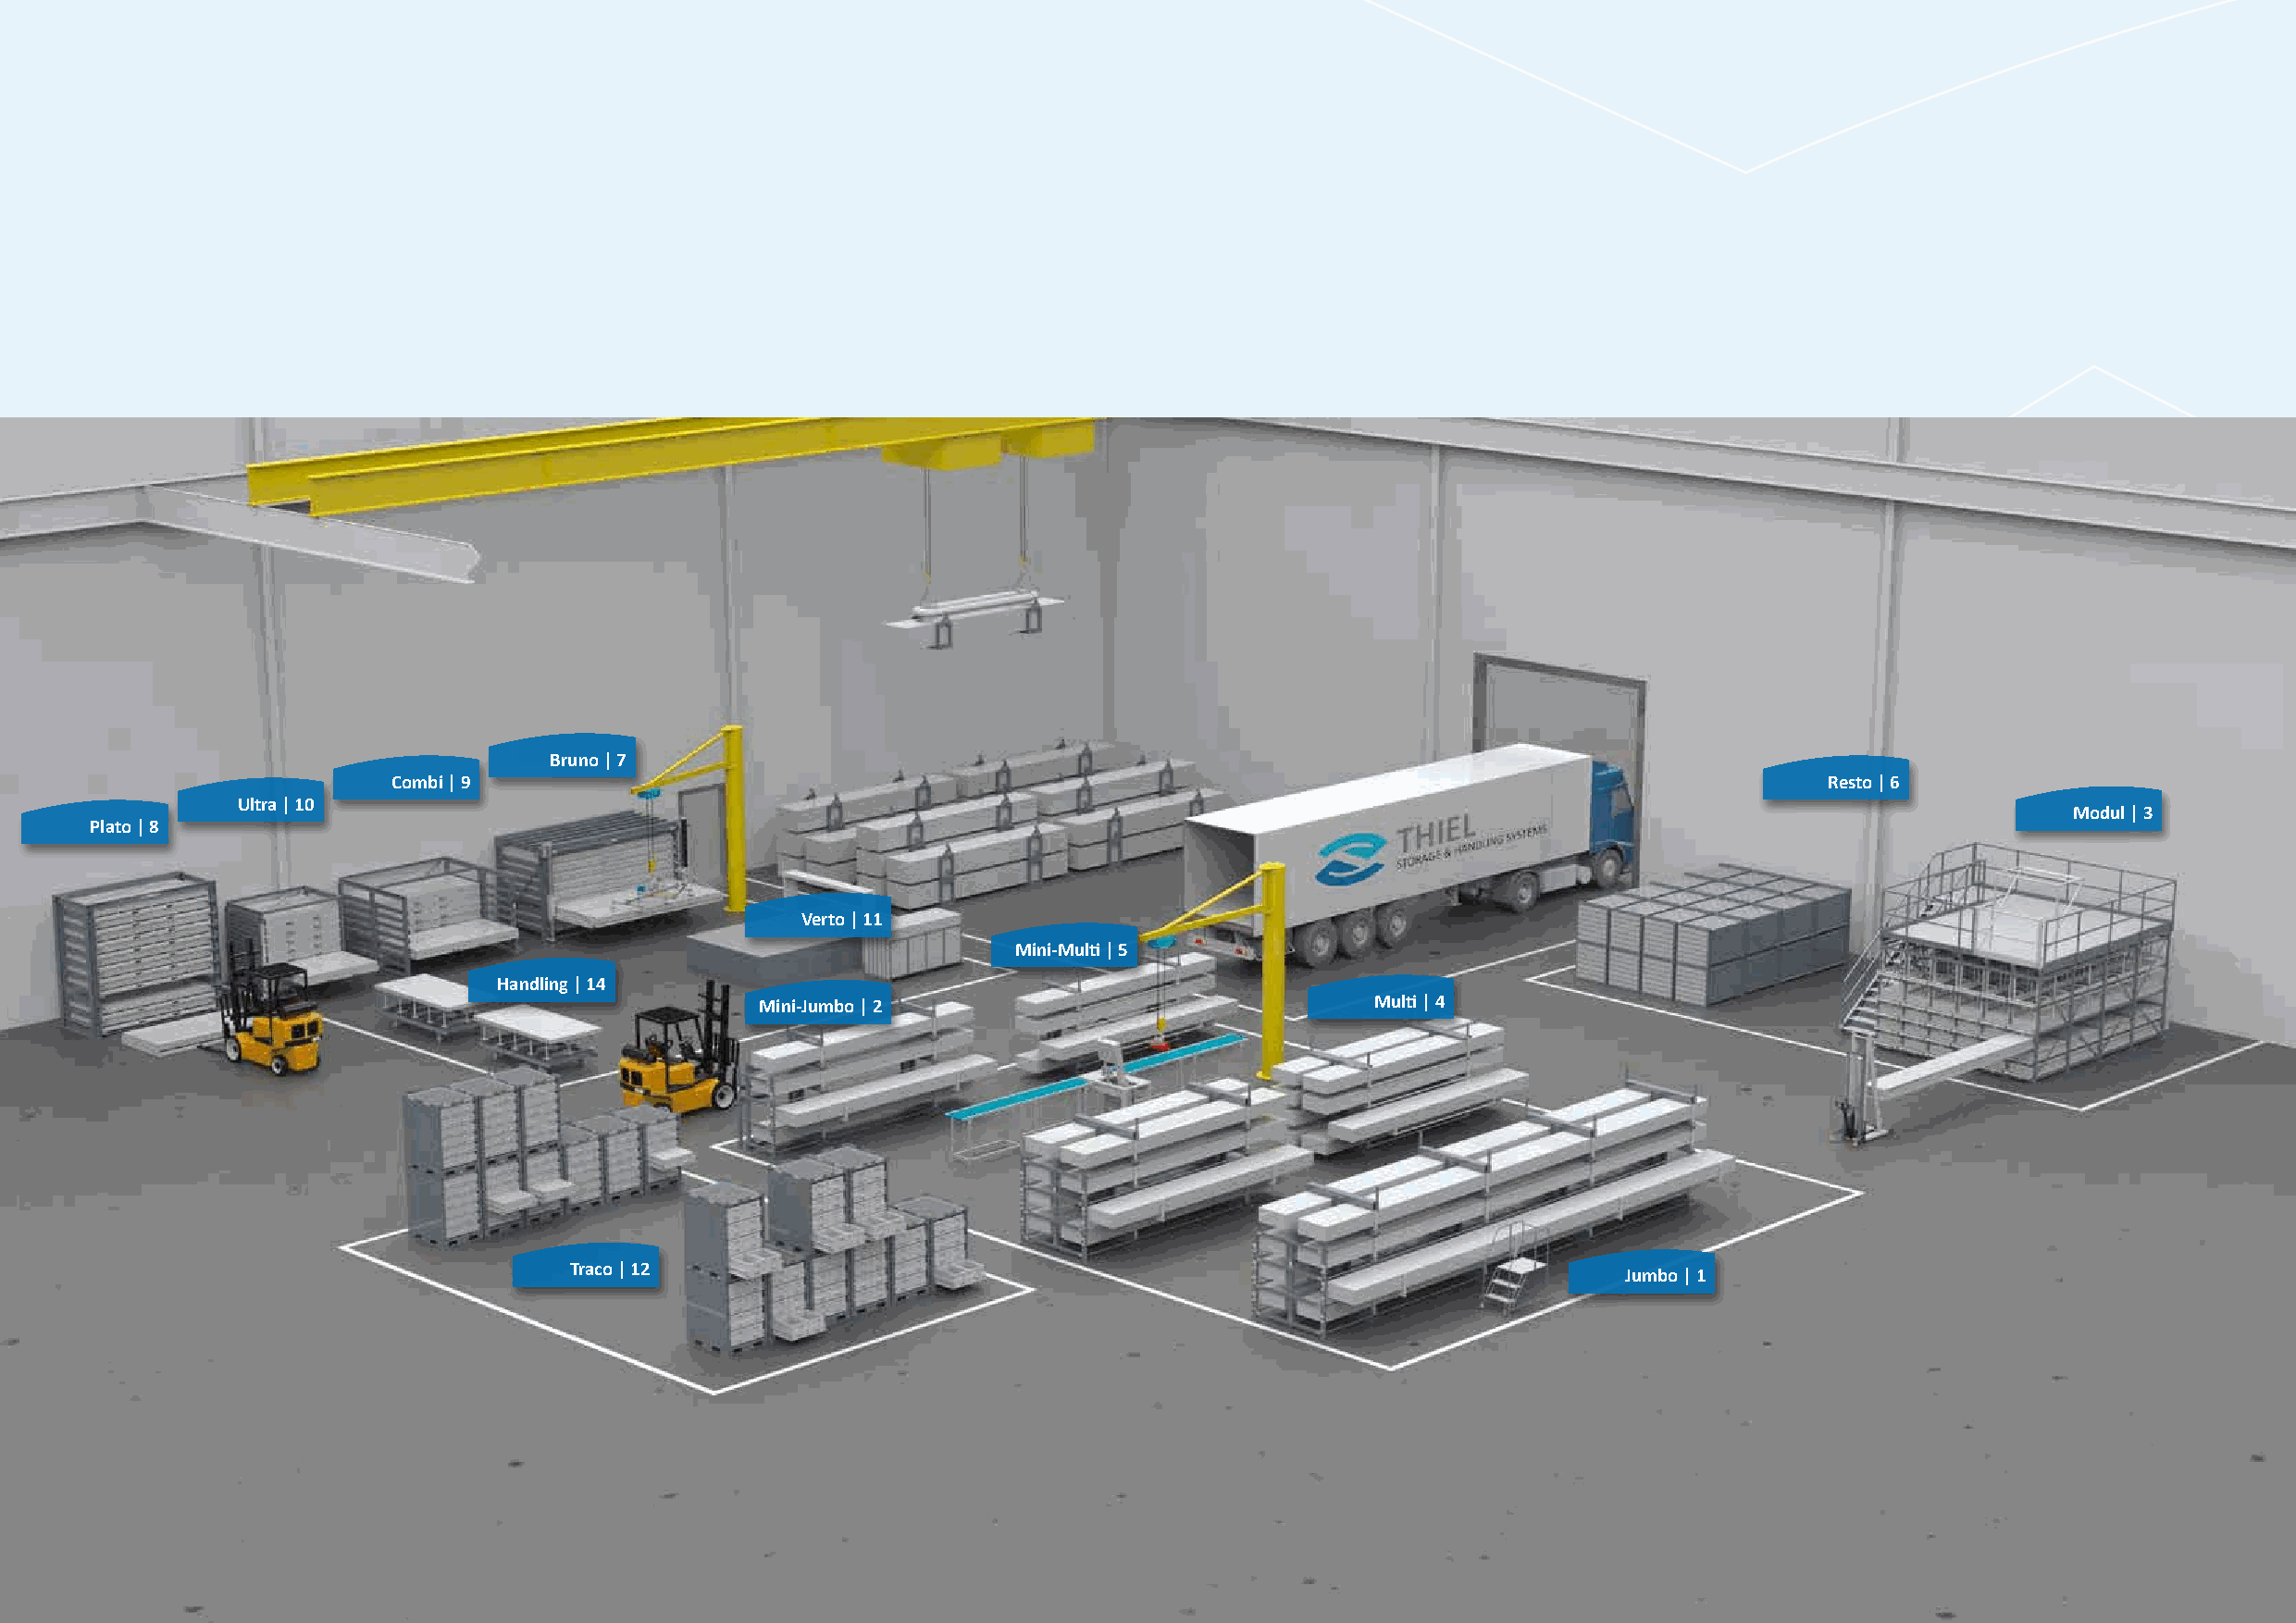
Bruno | 7
 Combi | 9                                                                                              Resto | 6
 Ultra | 10
 Modul | 3
 Plato | 8
 Verto | 11
 Mini-Multi | 5
 Handling | 14
 Mini-Jumbo | 2                              Multi | 4
 Traco | 12
 Jumbo | 1